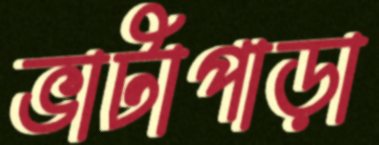
ভাটাপাড়া